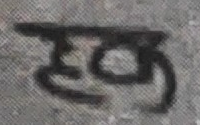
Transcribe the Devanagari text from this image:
हक्